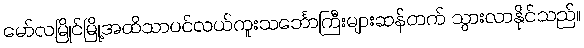
မော်လမြိုင်မြို့အထိသာပင်လယ်ကူးသင်္ဘောကြီးများဆန်တက် သွားလာနိုင်သည်။